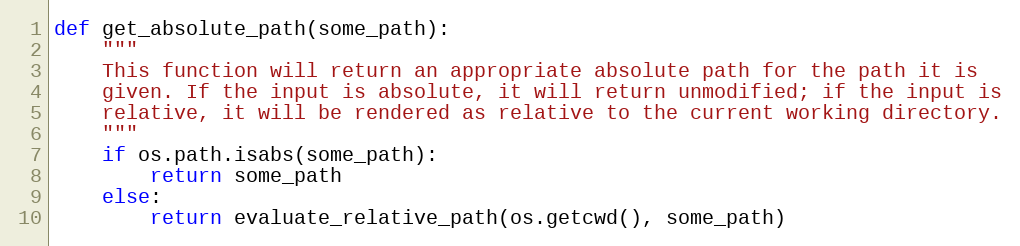
Language: Python
def get_absolute_path(some_path):
    """
    This function will return an appropriate absolute path for the path it is
    given. If the input is absolute, it will return unmodified; if the input is
    relative, it will be rendered as relative to the current working directory.
    """
    if os.path.isabs(some_path):
        return some_path
    else:
        return evaluate_relative_path(os.getcwd(), some_path)